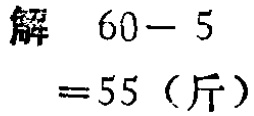
解 \(60 - 5\)

\(= 55\)（斤）